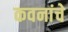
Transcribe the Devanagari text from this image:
कवनांचे